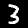
Label: 3